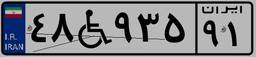
۴۸W۹۳۵۹۱